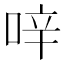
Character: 㖕